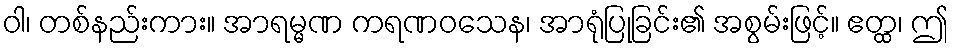
ဝါ၊ တစ်နည်းကား။ အာရမ္မဏ ကရဏဝသေန၊ အာရုံပြုခြင်း၏ အစွမ်းဖြင့်။ ဧတ္ထ၊ ဤ